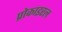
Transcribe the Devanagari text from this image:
प्रोकाइरल